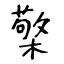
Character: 檠